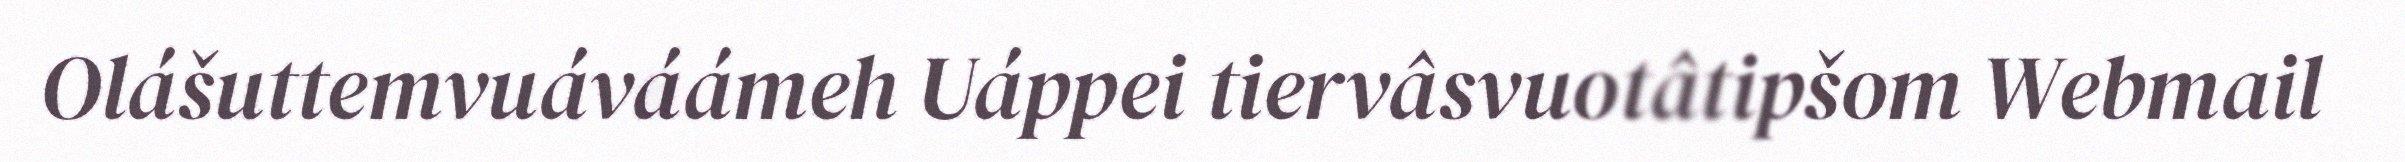
Olášuttemvuáváámeh Uáppei tiervâsvuotâtipšom Webmail